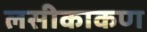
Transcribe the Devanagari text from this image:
लसीकाकण